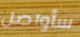
سأواصل